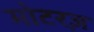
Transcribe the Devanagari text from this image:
मोटरज़